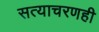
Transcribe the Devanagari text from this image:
सत्याचरणही